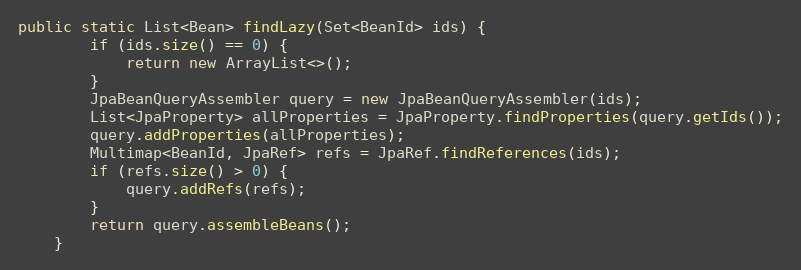
Language: Java
public static List<Bean> findLazy(Set<BeanId> ids) {
        if (ids.size() == 0) {
            return new ArrayList<>();
        }
        JpaBeanQueryAssembler query = new JpaBeanQueryAssembler(ids);
        List<JpaProperty> allProperties = JpaProperty.findProperties(query.getIds());
        query.addProperties(allProperties);
        Multimap<BeanId, JpaRef> refs = JpaRef.findReferences(ids);
        if (refs.size() > 0) {
            query.addRefs(refs);
        }
        return query.assembleBeans();
    }